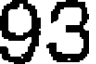
93